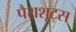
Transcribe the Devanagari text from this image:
पैराशूट्स